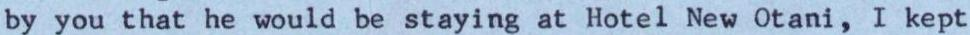
by you that he would be staying at Hotel New Otani, I kept